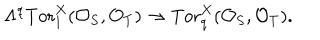
\Lambda ^ { q } \mathrm { T o r } _ { 1 } ^ { X } ( { \cal O } _ { S } , { \cal O } _ { T } ) \to \mathrm { T o r } _ { q } ^ { X } ( { \cal O } _ { S } , { \cal O } _ { T } ) .